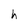
Character: h